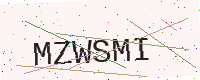
Text: MZWSMI